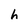
Character: h